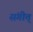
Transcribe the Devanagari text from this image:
संगीत्